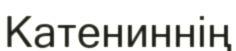
Катениннің